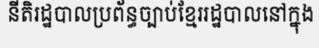
នីតិរដ្ឋបាលប្រព័ន្ធច្បាប់ខ្មែររដ្ឋបាលនៅក្នុង